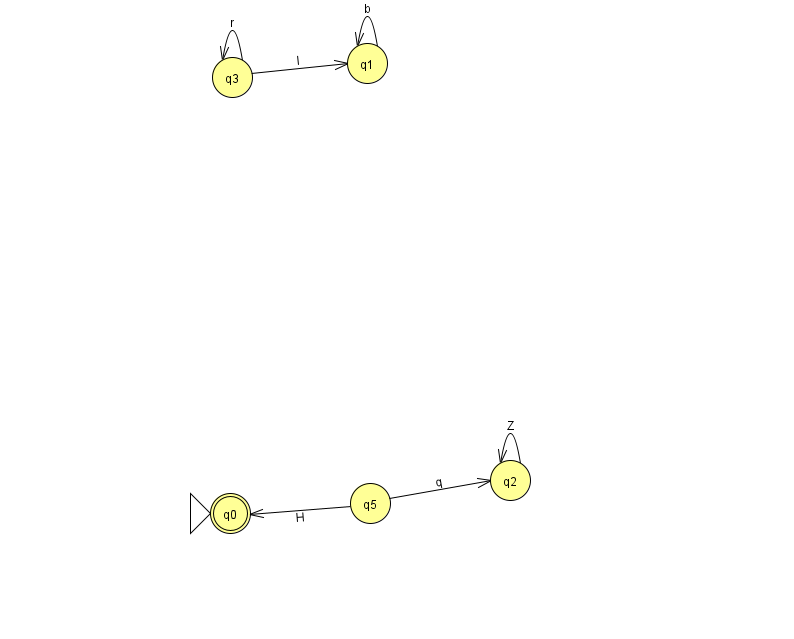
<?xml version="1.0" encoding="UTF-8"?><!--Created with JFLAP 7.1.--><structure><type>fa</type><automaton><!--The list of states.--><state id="0" name="q0"><x>230.0</x><y>500.0</y><initial/><final/></state><state id="1" name="q1"><x>367.0</x><y>50.0</y></state><state id="2" name="q2"><x>510.0</x><y>467.0</y></state><state id="3" name="q3"><x>232.0</x><y>64.0</y></state><state id="5" name="q5"><x>370.0</x><y>490.0</y></state><!--The list of transitions.--><transition><from>1</from><to>1</to><read>b</read></transition><transition><from>3</from><to>3</to><read>r</read></transition><transition><from>5</from><to>0</to><read>H</read></transition><transition><from>2</from><to>2</to><read>Z</read></transition><transition><from>3</from><to>1</to><read>I</read></transition><transition><from>5</from><to>2</to><read>q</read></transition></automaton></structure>